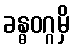
ခန္ဓဝဂ္ဂမှိ